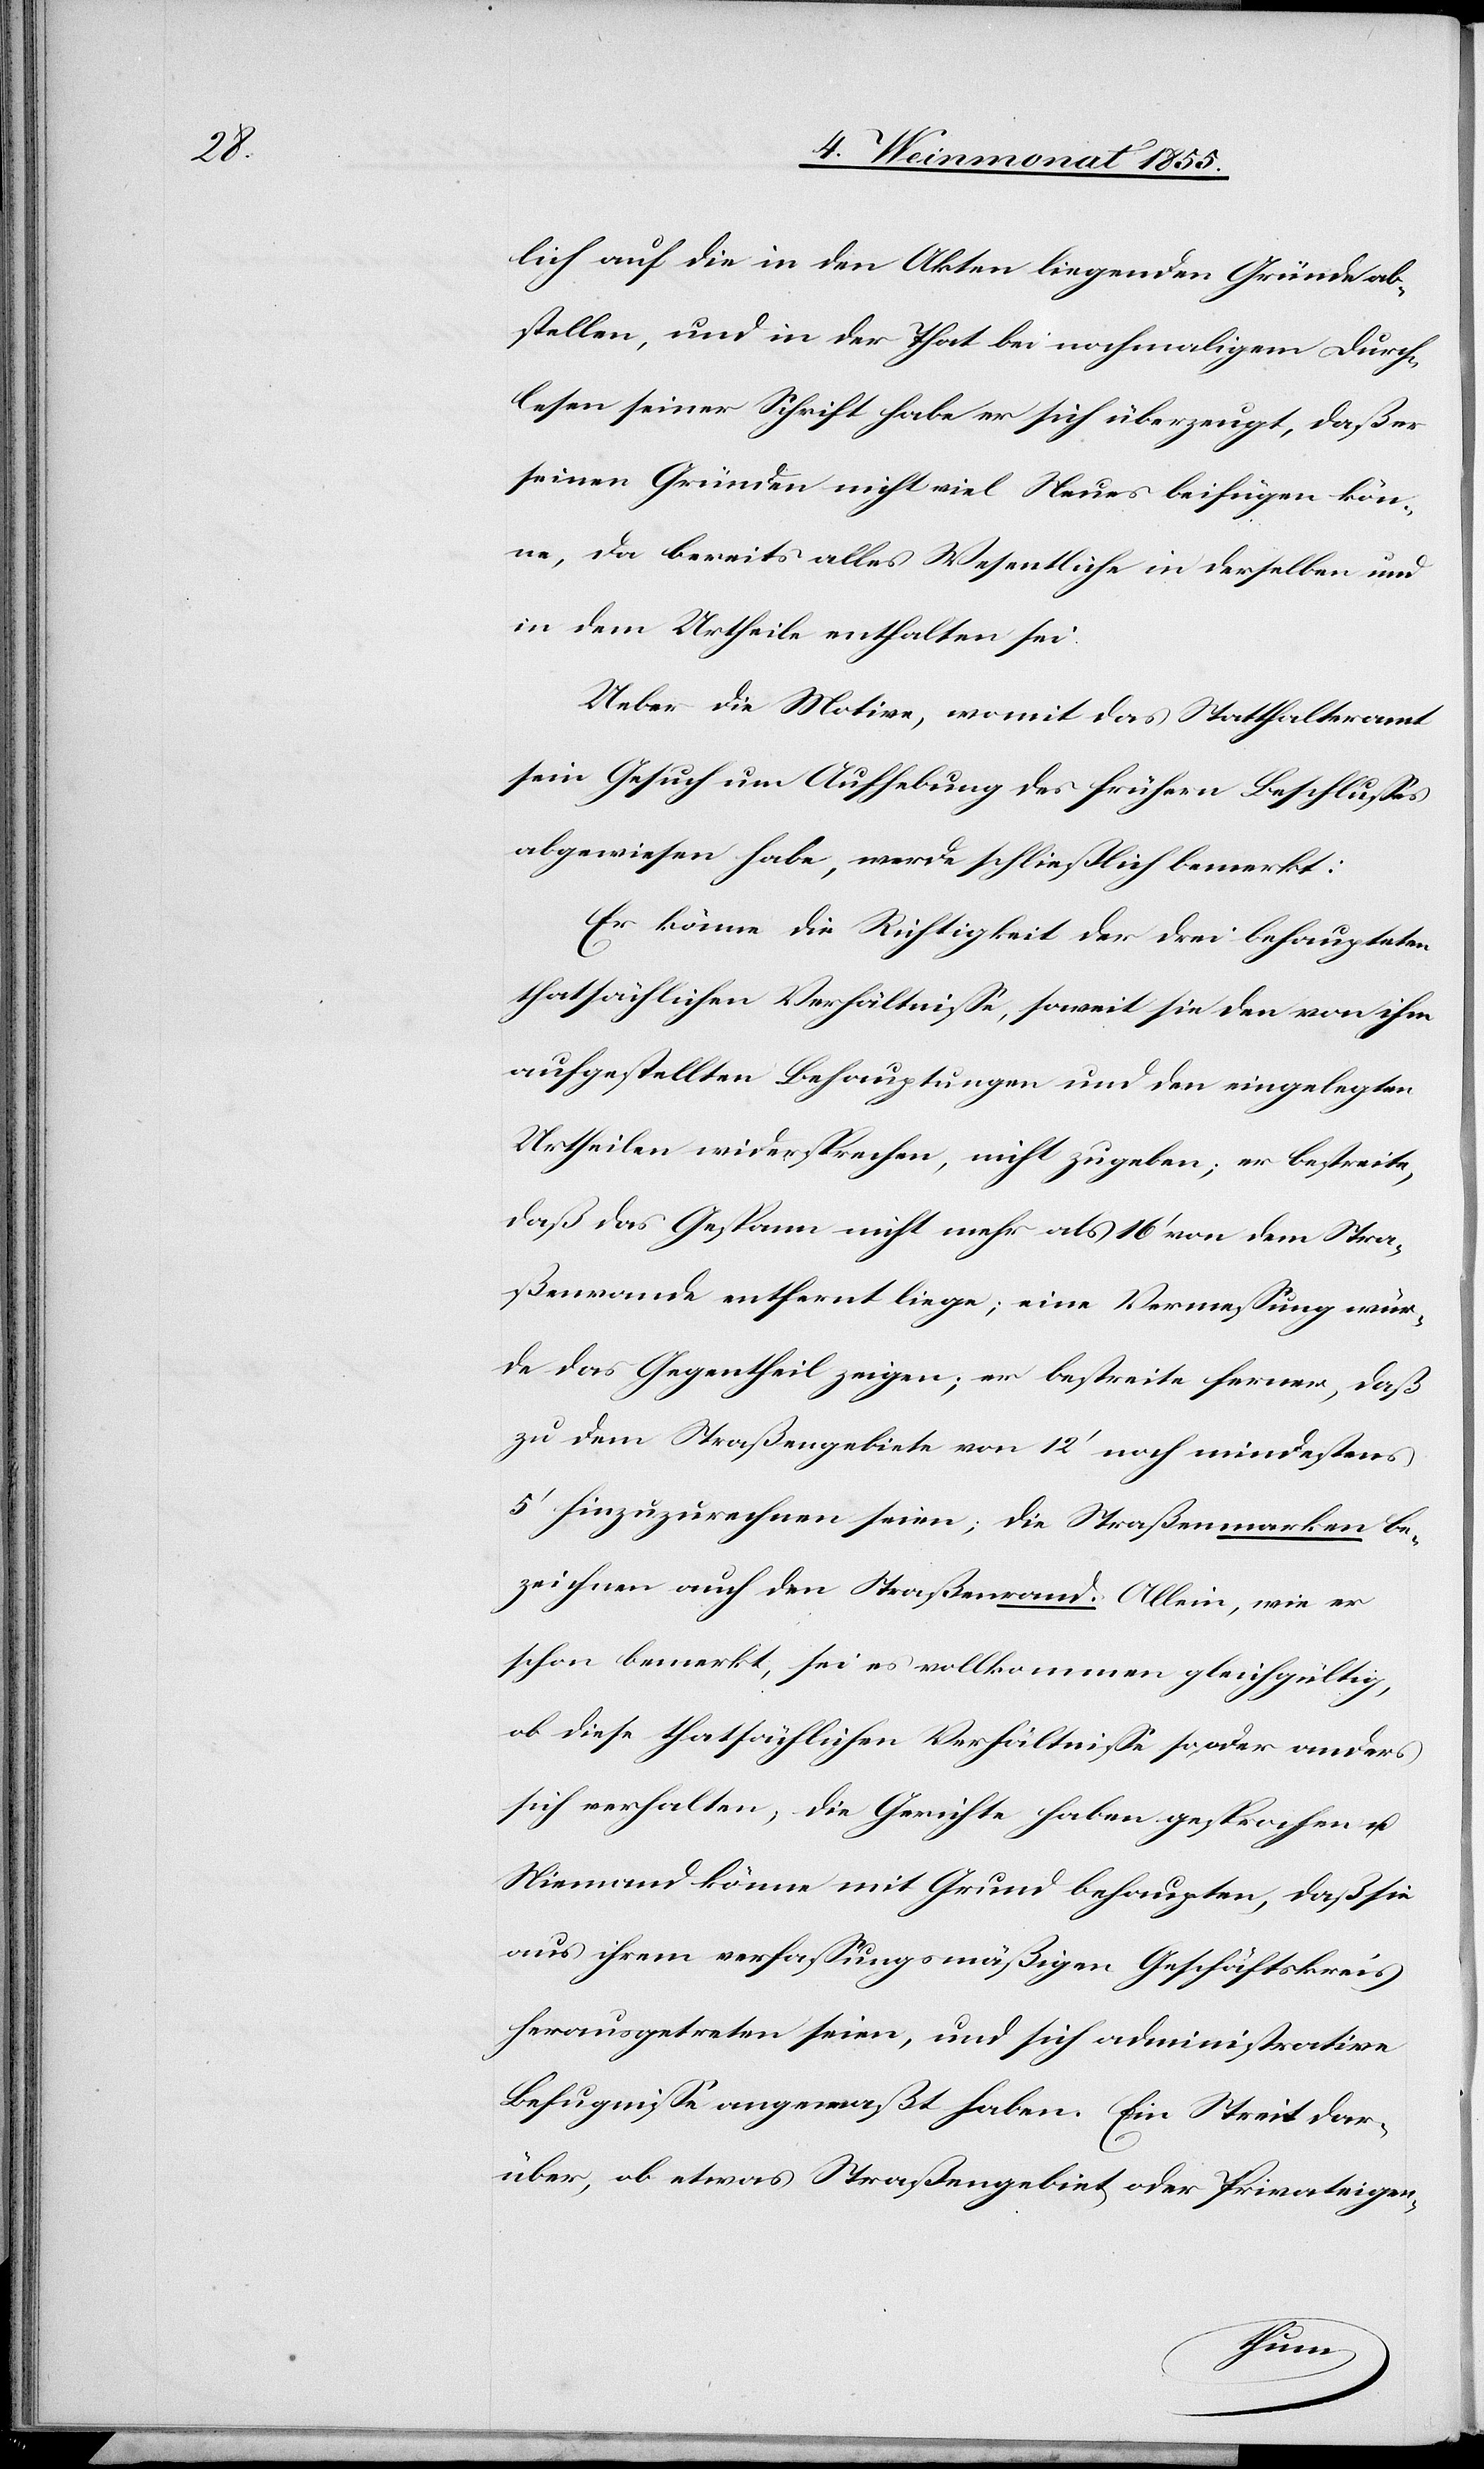
lich auf die in den Akten liegenden Gründe ab¬
stellen, und in der That bei nochmaligem Durch¬
lesen seiner Schrift habe er sich überzeugt, daß er
seinen Gründen nicht viel Neues beifügen kön¬
ne, da bereits alles Wesentliche in derselben und
in dem Urtheile enthalten sei.
Ueber die Motive, womit das Statthalteramt
sein Gesuch um Aufhebung des frühern Beschlusses
abgewiesen habe, werde schließlich bemerkt:
Er könne die Richtigkeit der drei behaupteten
thatsächlichen Verhältnisse, soweit sie den von ihm
aufgestellten Behauptungen und den eingelegten
Urtheilen widersprechen, nicht zugeben; er bestreite,
daß das Gespann nicht mehr als 16‘ von dem Stra¬
ßenrande entfernt liege; eine Vermessung wür¬
de das Gegentheil zeigen; er bestreite ferner, daß
zu dem Straßengebiete von 12‘ noch mindestens
5‘ hinzuzurechnen seien; die Straßenmarken be¬
zeichnen auch den Straßenrand. Allein, wie er
schon bemerkt, sei es vollkommen gleichgültig,
ob diese thatsächlichen Verhältnisse so, oder anders
sich verhalten, die Gerichte haben gesprochen u.
Niemand könne mit Grund behaupten, daß sie
aus ihrem verfassungsmäßigen Geschäftskreis
herausgetreten seien, und sich administrative
Befugnisse angemaßt haben. Ein Streit dar¬
über, ob etwas Straßengebiet oder Privateigen-